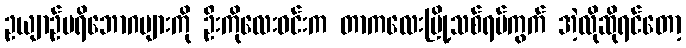
ဥယျာဉ်ပရိဘောဂများကို ဦးကိုလေးဝင်းက တာကလေးမြို့သစ်ရပ်ကွက် အဲ့လိုဆိုရင်တော့